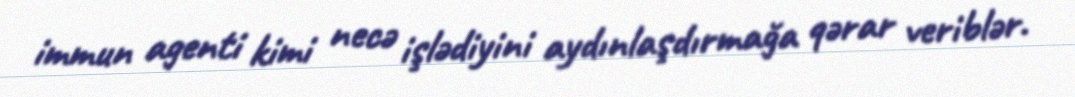
immun agenti kimi necə işlədiyini aydınlaşdırmağa qərar veriblər.